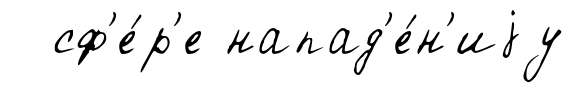
сф'е́р'е напад'е́н'иjу